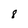
Character: 8